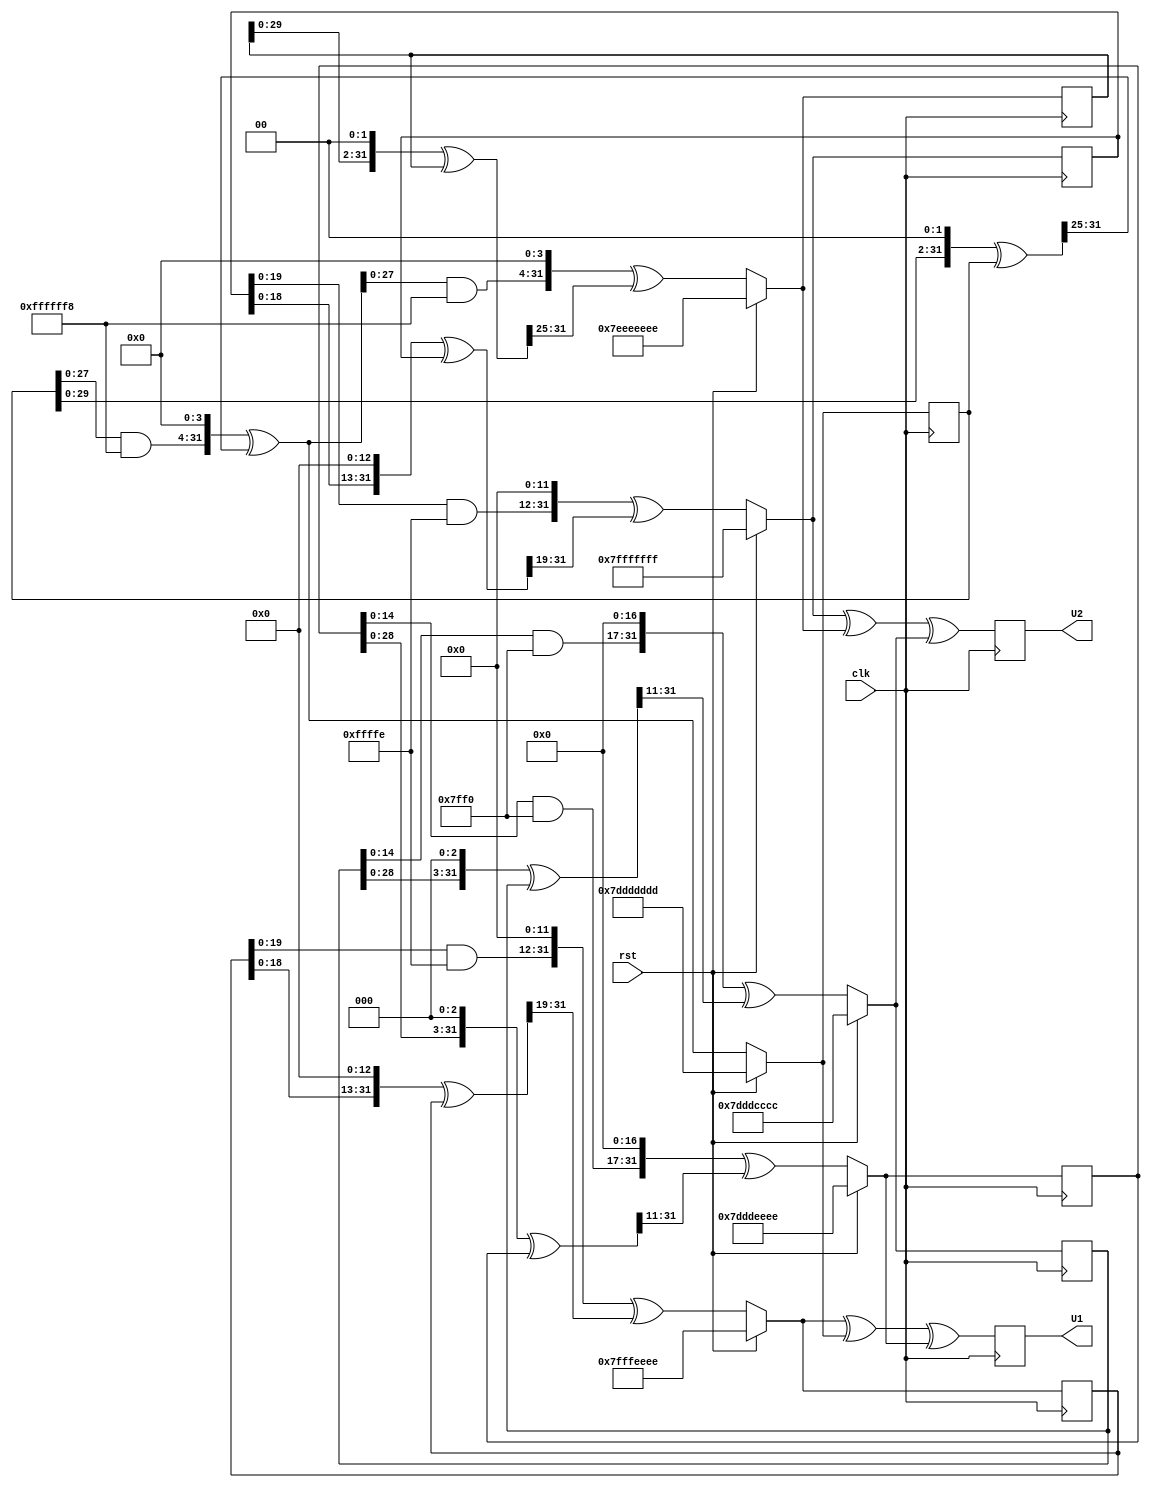
`timescale 1ns / 1ps
//////////////////////////////////////////////////////////////////////////////////
// Company: 
// Engineer: 
// 
// Design Name: 
// Module Name: tausworthe
// Project Name: 
// Target Devices: 
// Tool Versions: 
// Description: 
// 
// Dependencies: 
// 
// Revision:
// Revision 0.01 - File Created
// Additional Comments:
// 
//////////////////////////////////////////////////////////////////////////////////


module tausworthe(clk, rst, U1, U2);
input clk, rst;
output reg [31: 0]U1, U2;

reg [31:0] s0, s1, s2, s3, s4, s5, b1, b2;

parameter mask1 = 32'hfffffffe;
parameter mask2 = 32'hfffffff8;
parameter mask3 = 32'hfffffff0;

always @(posedge clk) begin
if((!rst) )
	begin
		b1 = ((( s0 << 13) ^ s0) >> 19);
		s0 = ((( s0 & mask1) << 12 ) ^ b1);
		b1 = ((( s1 << 2) ^ s1) >> 25);
		s1 = ((( s1 & mask2) << 4 ) ^ b1);
		b1 = ((( s2 << 3) ^ s2) >> 11);
		s2 = ((( s2 & mask3) << 17 ) ^ b1);
		
		b2 = ((( s3 << 13) ^ s3) >> 19);
        s3 = ((( s3 & mask1) << 12 ) ^ b2);
        b2 = ((( s4 << 2) ^ s4) >> 25);
        s4 = ((( s1 & mask2) << 4 ) ^ b2);
        b2 = ((( s5 << 3) ^ s5) >> 11);
        s5 = ((( s5 & mask3) << 17 ) ^ b2);
        
      
	 end
	else begin     
       s0 = 32'h7fffeeee;
       s1 = 32'h7ddddddd;
       s2 = 32'h7dddeeee;
       s3 = 32'h7fffffff;
       s4 = 32'h7eeeeeee;
       s5 = 32'h7dddcccc;
    end
    U1 = s0 ^ s1 ^ s2;
    U2 = s3 ^ s4 ^ s5;
end



endmodule